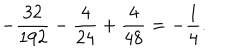
LaTeX: - \frac { 3 2 } { 1 9 2 } - \frac { 4 } { 2 4 } + \frac { 4 } { 4 8 } = - \frac { 1 } { 4 } .